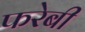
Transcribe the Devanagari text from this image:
फरेबी